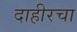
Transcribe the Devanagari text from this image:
दाहीरचा